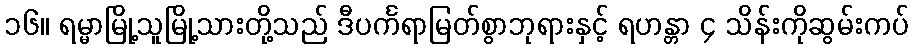
၁၆။ ရမ္မာမြို့သူမြို့သားတို့သည် ဒီပင်္ကရာမြတ်စွာဘုရားနှင့် ရဟန္တာ ၄ သိန်းကိုဆွမ်းကပ်